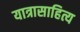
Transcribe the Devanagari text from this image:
यात्रासाहित्य